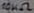
Text: 10KΩ